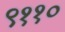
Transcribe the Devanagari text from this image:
९११०